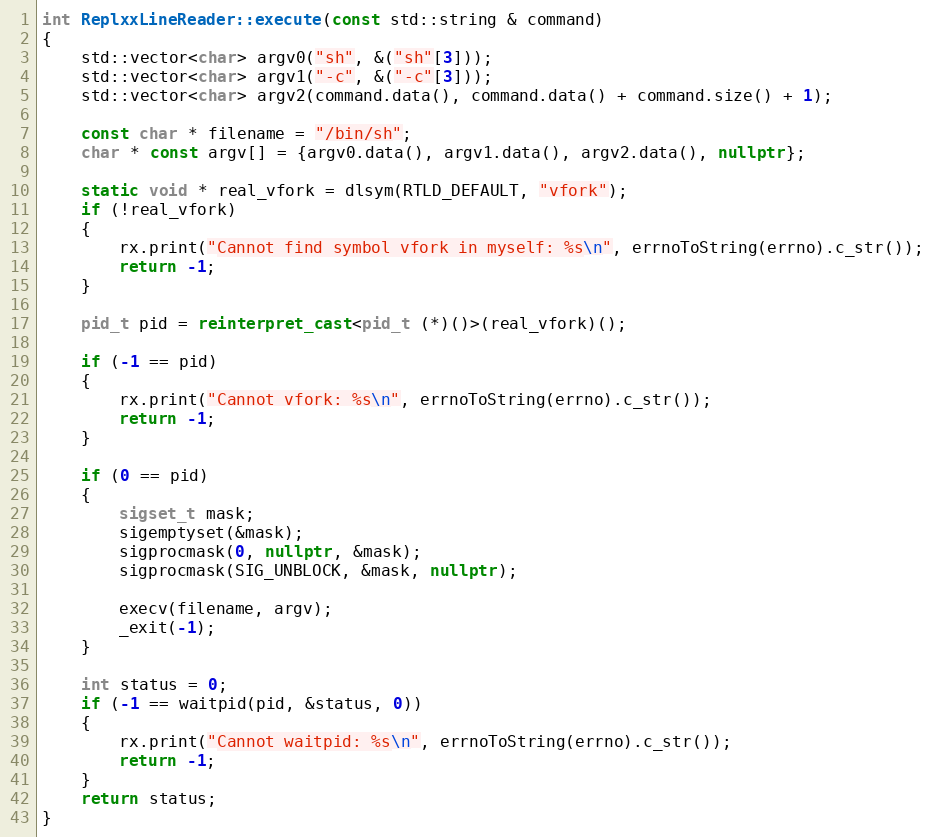
Language: C++
int ReplxxLineReader::execute(const std::string & command)
{
    std::vector<char> argv0("sh", &("sh"[3]));
    std::vector<char> argv1("-c", &("-c"[3]));
    std::vector<char> argv2(command.data(), command.data() + command.size() + 1);

    const char * filename = "/bin/sh";
    char * const argv[] = {argv0.data(), argv1.data(), argv2.data(), nullptr};

    static void * real_vfork = dlsym(RTLD_DEFAULT, "vfork");
    if (!real_vfork)
    {
        rx.print("Cannot find symbol vfork in myself: %s\n", errnoToString(errno).c_str());
        return -1;
    }

    pid_t pid = reinterpret_cast<pid_t (*)()>(real_vfork)();

    if (-1 == pid)
    {
        rx.print("Cannot vfork: %s\n", errnoToString(errno).c_str());
        return -1;
    }

    if (0 == pid)
    {
        sigset_t mask;
        sigemptyset(&mask);
        sigprocmask(0, nullptr, &mask);
        sigprocmask(SIG_UNBLOCK, &mask, nullptr);

        execv(filename, argv);
        _exit(-1);
    }

    int status = 0;
    if (-1 == waitpid(pid, &status, 0))
    {
        rx.print("Cannot waitpid: %s\n", errnoToString(errno).c_str());
        return -1;
    }
    return status;
}